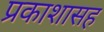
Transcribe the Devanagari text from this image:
प्रकाशासह